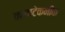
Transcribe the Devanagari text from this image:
कलाटेकनीक